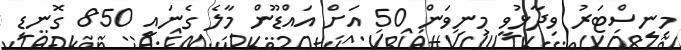
މިނިސްޓަރު ވިދާޅުވީ މިނިވަން 50 އަށް އައްޑޫން މާލެ ގެނައީ 850 ގޮނޑި